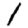
Digit: 1